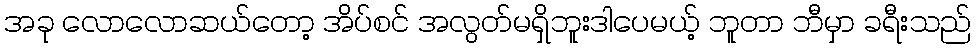
အခု လောလောဆယ်တော့ အိပ်စင် အလွတ်မရှိဘူးဒါပေမယ့် ဘူတာ ဘီမှာ ခရီးသည်